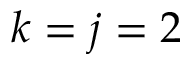
k = j = 2